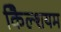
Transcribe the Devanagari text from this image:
कैिल्शयम